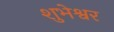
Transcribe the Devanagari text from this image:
शुभेश्वर